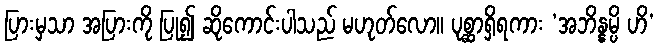
ပြားမှသာ အပြားကို ပြု၍ ဆိုကောင်းပါသည် မဟုတ်လော။ ပုစ္ဆာရှိရကား ‘အဘိန္နမ္ပိ ဟိ’